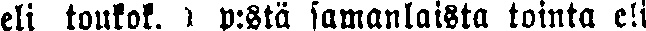
eli toukok. # p:stä samanlaista tointa eli